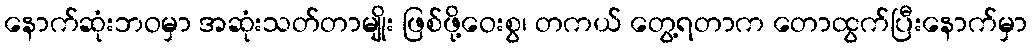
နောက်ဆုံးဘဝမှာ အဆုံးသတ်တာမျိုး ဖြစ်ဖို့ဝေးစွ၊ တကယ် တွေ့ရတာက တောထွက်ပြီးနောက်မှာ